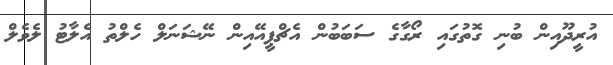
އުރީދޫއިން ބުނި ގޮތުގައި ރޯގާގެ ސަބަބުން އެޗްޕީއޭއިން ނޭޝަނަލް ހެލްތު އެލާޓު ލެވެލް